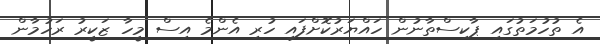
އެ ތުހުމަތުގައި ޕާކިސްތާނުން ހައްޔަރުކޮށްފައި ހުރި އެންމެ އިސް މީހާ ޒަކީރު ރަހުމާން